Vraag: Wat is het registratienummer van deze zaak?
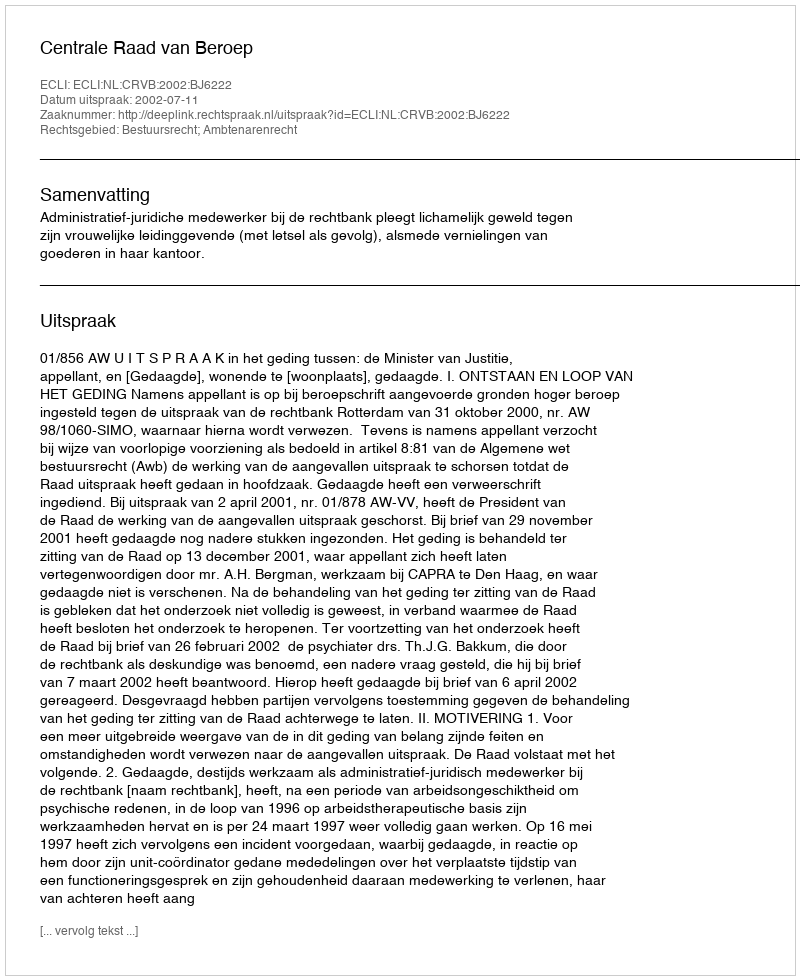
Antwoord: http://deeplink.rechtspraak.nl/uitspraak?id=ECLI:NL:CRVB:2002:BJ6222